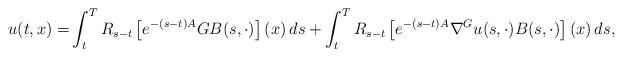
LaTeX: \begin{align*} u(t,x)=&\int_t^T R_{s-t}\left[e^{-(s-t) {A}}G B(s,\cdot)\right](x)\,ds+\int_t^T R_{s-t}\left[e^{-(s-t){A}} \nabla^Gu(s,\cdot) B(s,\cdot) \right](x)\,ds, \end{align*}